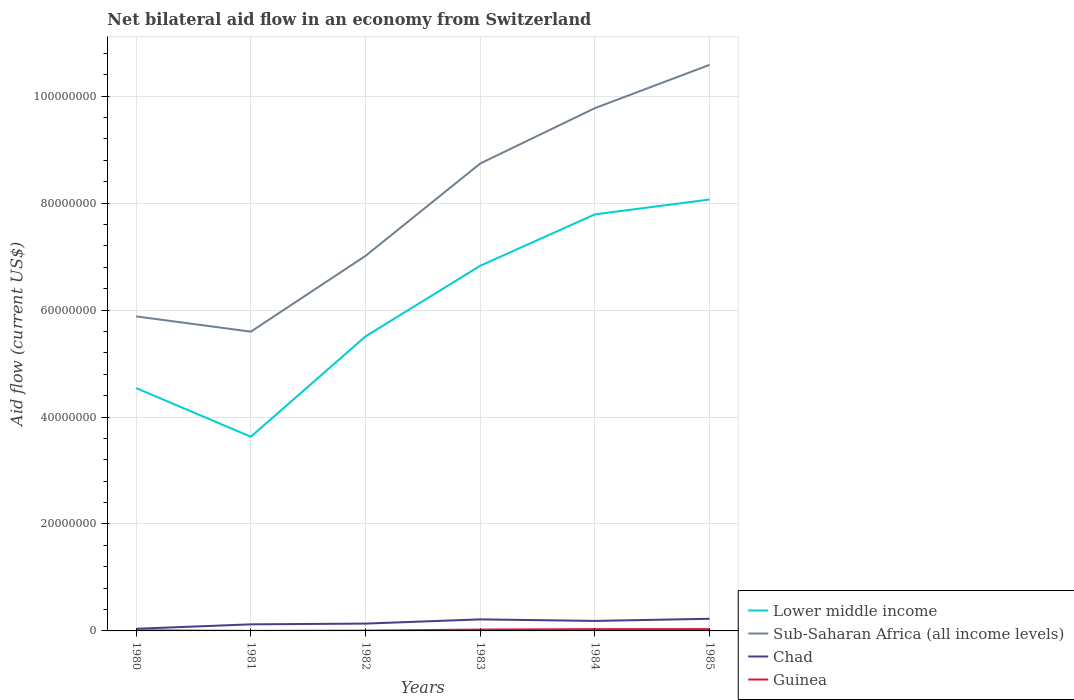
| Years | Lower middle income | Sub-Saharan Africa (all income levels) | Chad | Guinea |
 | --- | --- | --- | --- | --- |
 | 1980 | 4.54e+07 | 5.88e+07 | 4e+05 | 1.1e+05 |
 | 1981 | 3.63e+07 | 5.6e+07 | 1.23e+06 | 1e+04 |
 | 1982 | 5.51e+07 | 7.01e+07 | 1.37e+06 | 6e+04 |
 | 1983 | 6.83e+07 | 8.74e+07 | 2.16e+06 | 2.6e+05 |
 | 1984 | 7.79e+07 | 9.78e+07 | 1.87e+06 | 3.3e+05 |
 | 1985 | 8.07e+07 | 1.06e+08 | 2.27e+06 | 3.4e+05 |